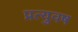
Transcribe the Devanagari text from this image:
प्रत्युवष